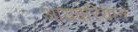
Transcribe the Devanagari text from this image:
आयबेरियाने